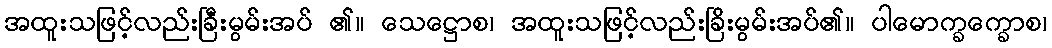
အထူးသဖြင့်လည်းခြီးမွမ်းအပ် ၏။ သေဋ္ဌောစ၊ အထူးသဖြင့်လည်းခြိးမွမ်းအပ်၏။ ပါမောက္ခက္ခောစ၊